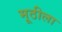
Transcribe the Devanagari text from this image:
मूठीला